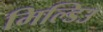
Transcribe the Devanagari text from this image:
मिल्डिउ